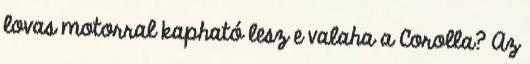
lovas motorral kapható lesz e valaha a Corolla? Az